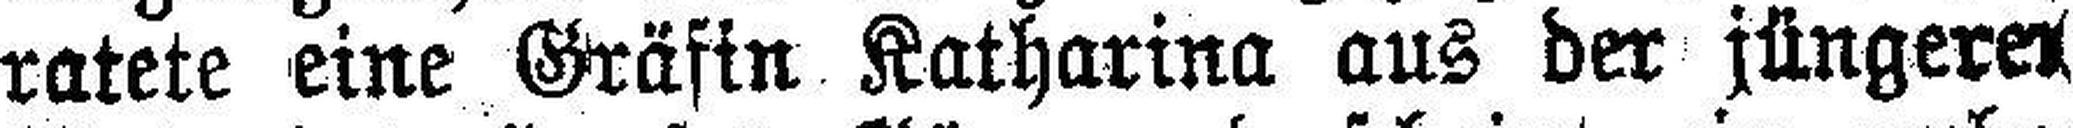
ratete eine Gräfin Katharina aus der jüngerer